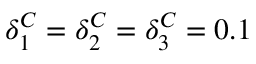
\delta _ { 1 } ^ { C } = \delta _ { 2 } ^ { C } = \delta _ { 3 } ^ { C } = 0 . 1